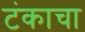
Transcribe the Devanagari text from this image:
टंकाचा